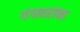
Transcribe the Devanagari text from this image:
गंगाधरांना